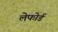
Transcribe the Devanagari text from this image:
लेफोर्ड